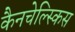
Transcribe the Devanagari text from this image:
कैनचेल्स्किस